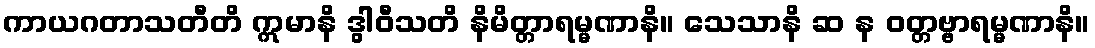
ကာယဂတာသတီတိ ဣမာနိ ဒွါဝီသတိ နိမိတ္တာရမ္မဏာနိ။ သေသာနိ ဆ န ဝတ္တဗ္ဗာရမ္မဏာနိ။